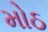
મોઠ